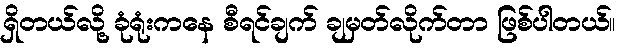
ရှိတယ်လို့ ခုံရုံးကနေ စီရင်ချက် ချမှတ်လိုက်တာ ဖြစ်ပါတယ်။